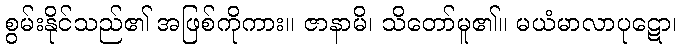
စွမ်းနိုင်သည်၏ အဖြစ်ကိုကား။ ဇာနာမိ၊ သိတော်မူ၏။ မယံမာလာပုဋော၊